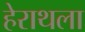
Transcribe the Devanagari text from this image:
हेराथला